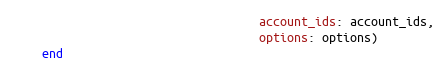
Language: Ruby
                                   account_ids: account_ids,
                                   options: options)
    end